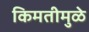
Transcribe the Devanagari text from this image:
किमतीमुळे